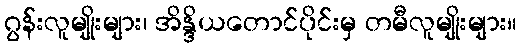
ဂွန်းလူမျိုးများ၊ အိန္ဒိယတောင်ပိုင်းမှ တမီလူမျိုးများ။